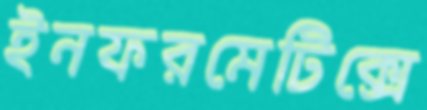
ইনফরমেটিক্সে